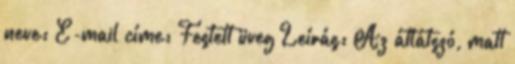
neve: E-mail címe: Festett üveg Leírás: Az átlátszó, matt